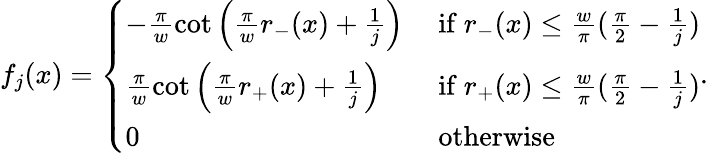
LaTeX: f_{j}(x)=\left\{ \begin{array}{ll}{-\frac{\pi}{w}\cot\left(\frac{\pi}{w}r_{-}(x)+\frac{1}{j}\right)}&{\mathrm{~if~}r_{-}(x)\le\frac{w}{\pi}(\frac{\pi}{2}-\frac{1}{j})}\\ {\frac{\pi}{w}\cot\left(\frac{\pi}{w}r_{+}(x)+\frac{1}{j}\right)}&{\mathrm{~if~}r_{+}(x)\le\frac{w}{\pi}(\frac{\pi}{2}-\frac{1}{j})}\\ {0}&{\mathrm{~otherwise}}\end{array}\right..